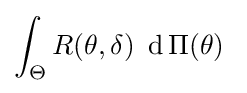
\int _{\Theta }R(\theta ,\delta )\ \operatorname {d} \Pi (\theta )\